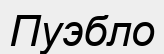
Пуэбло